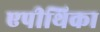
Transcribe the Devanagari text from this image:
एपीथिका